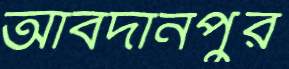
আবদানপুর